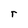
Character: r